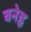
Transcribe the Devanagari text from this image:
बनेहृ